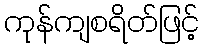
ကုန်ကျစရိတ်ဖြင့်